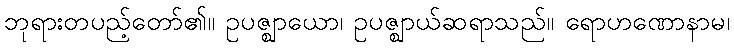
ဘုရားတပည့်တော်၏။ ဥပဇ္ဈာယော၊ ဥပဇ္ဈာယ်ဆရာသည်။ ရောဟဏောနာမ၊